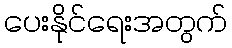
ပေးနိုင်ရေးအတွက်